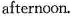
afternoon.